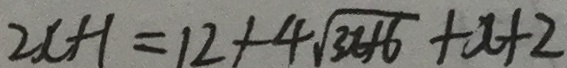
2 x + 1 = 1 2 + 4 \sqrt { 3 6 + 6 } + x + 2